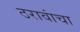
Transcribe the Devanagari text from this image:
ठरावांचा